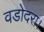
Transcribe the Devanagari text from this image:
वडोदरा।